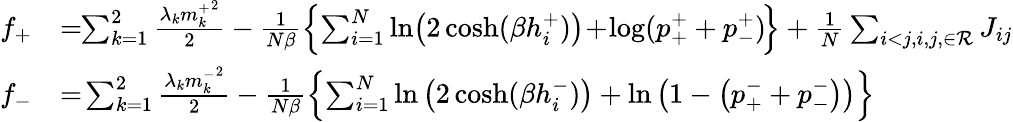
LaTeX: \begin{array}{rl}{f_{+}}&{=\! \! \sum_{k=1}^{2}\frac{\lambda_{k}{m_{k}^{+}}^{2}}{2}-\frac{1}{N\beta}\left\{ \sum_{i=1}^{N}\ln\! \left(2\cosh(\beta h_{i}^{+})\right)\! +\! \log(p_{+}^{+}+p_{-}^{+})\! \right\} +\frac{1}{N}\sum_{i<j,i,j,\in{\cal R}}J_{ij}}\\ {f_{-}}&{=\! \sum_{k=1}^{2}\frac{\lambda_{k}{m_{k}^{-}}^{2}}{2}-\frac{1}{N\beta}\left\{ \sum_{i=1}^{N}\ln\left(2\cosh(\beta h_{i}^{-})\right)+\ln\left(1-\left(p_{+}^{-}+p_{-}^{-}\right)\right)\right\} }\end{array}